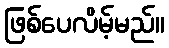
ဖြစ်ပေလိမ့်မည်။